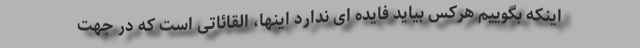
اینکه بگوییم هرکس بیاید فایده ای ندارد اینها، القائاتی است که در جهت